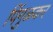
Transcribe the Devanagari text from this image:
पिंगुळकर